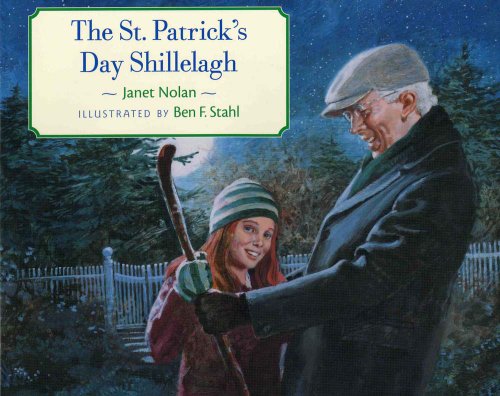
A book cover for The St. Patrick's Day Shillelagh (Albert Whitman Prairie Paperback); Janett Nolan; Children's Books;